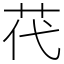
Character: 䒫